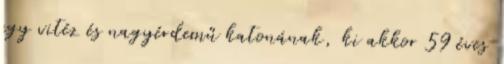
egy vitéz és nagyérdemű katonának, ki akkor 59 éves